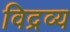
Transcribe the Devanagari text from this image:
विद्रव्य